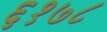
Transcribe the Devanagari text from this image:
६१७८